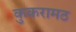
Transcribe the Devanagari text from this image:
कुकरामठ